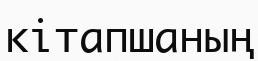
кітапшаның